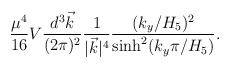
\begin{align*}{\mu^4\over 16} V {d^3 \vec{k}\over (2\pi)^2} {1\over |\vec{k}|^4}{(k_y/H_5)^2\over {\rm sinh}^2(k_y\pi /H_5)}.\end{align*}